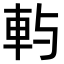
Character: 𨊮